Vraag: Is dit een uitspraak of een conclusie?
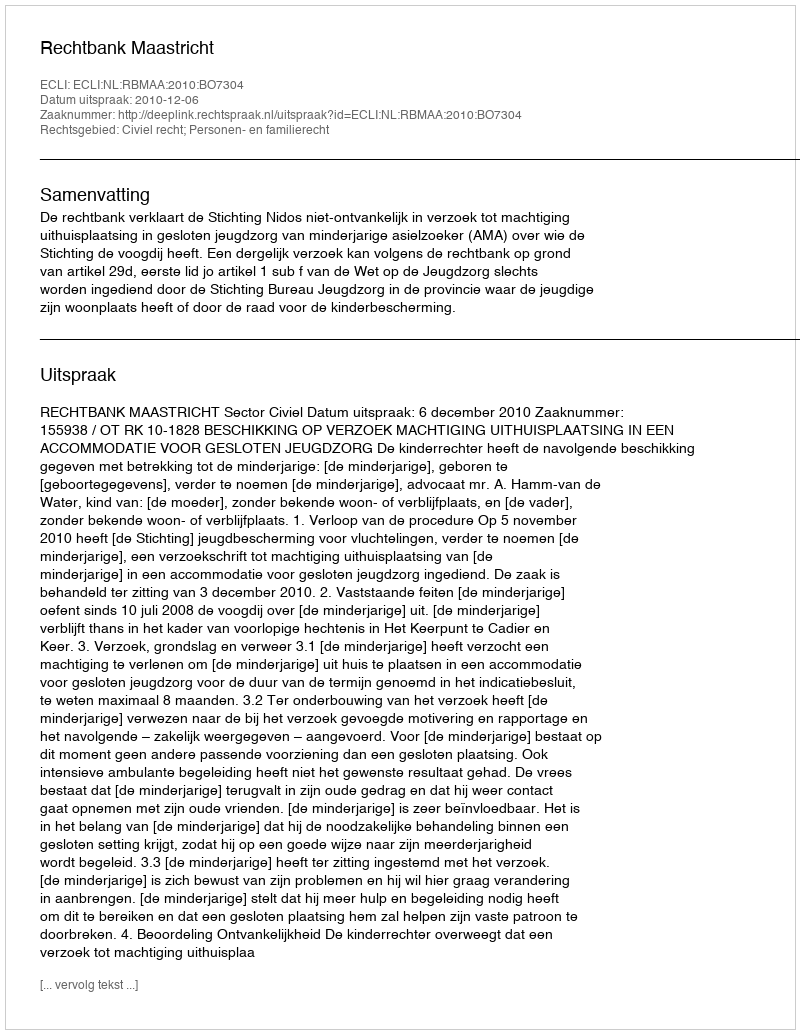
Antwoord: Uitspraak